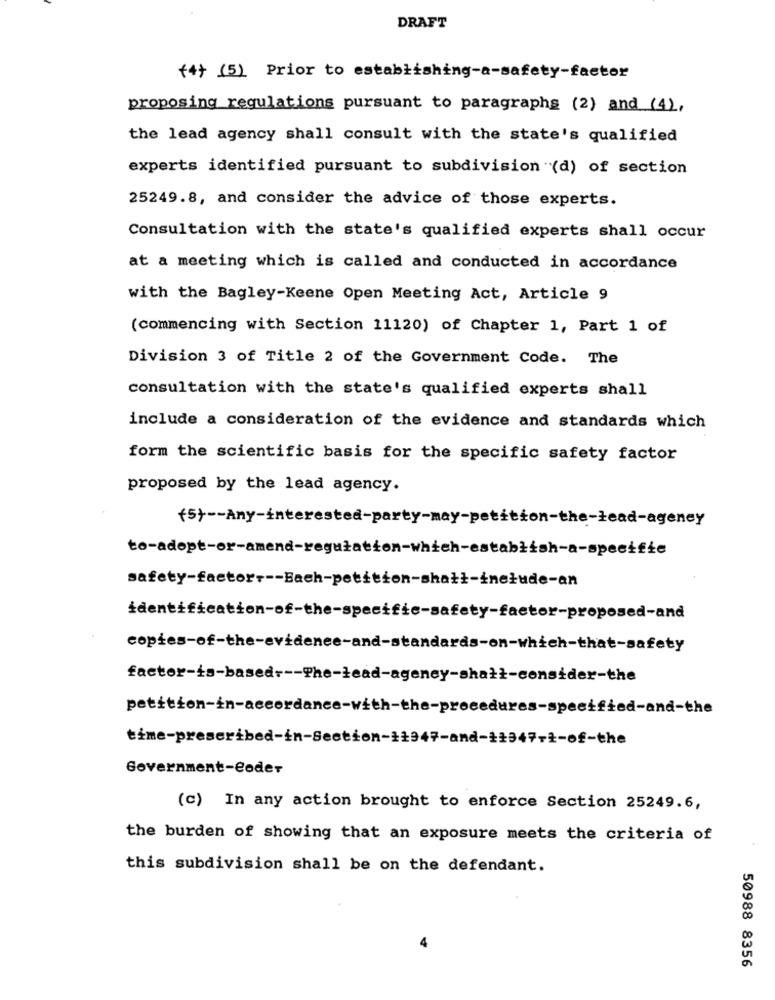
DRAFT
(4+ (5) Prior to establishing-a-safety-factor
proposing regulations pursuant to paragraphs (2) and (4),
the lead agency shall consult with the state's qualified
experts identified pursuant to subdivision (d) of section
25249.8, and consider the advice of those experts.
Consultation with the state's qualified experts shall occur
at a meeting which is called and conducted in accordance
with the Bagley-Keene Open Meeting Act, Article 9
(commencing with Section 11120) of Chapter 1, Part 1 of
Division 3 of Title 2 of the Government Code. The
consultation with the state's qualified experts shall
include a consideration of the evidence and standards which
form the scientific basis for the specific safety factor
proposed by the lead agency.
(5) -- Any-interested-party-may-petition-the-read-agency
safety-factor --- Bach-petition-shatt-inetude-an
identification-of-the-specific-safety-factor-proposed-and
copies-of-the-evidence-and-standards-on-which-that-safety
factor-is-based --- The-lead-ageney-shalt-consider-the
time-prescribed-in-Section-11947-and-11347-1-of-the
Government-eoder
(c) In any action brought to enforce Section 25249.6,
the burden of showing that an exposure meets the criteria of
this subdivision shall be on the defendant.
50988 8356